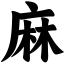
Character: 麻